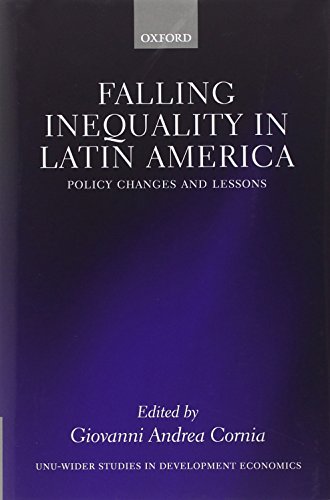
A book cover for Falling Inequality in Latin America: Policy Changes and Lessons (WIDER Studies in Development Economics); Giovanni Andrea Cornia; Business & Money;